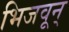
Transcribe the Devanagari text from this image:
भिजवून्